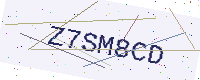
Text: Z7SM8CD